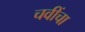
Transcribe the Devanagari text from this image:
चवींचा